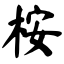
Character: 桉